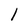
Character: l